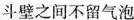
斗壁之间不留气泡